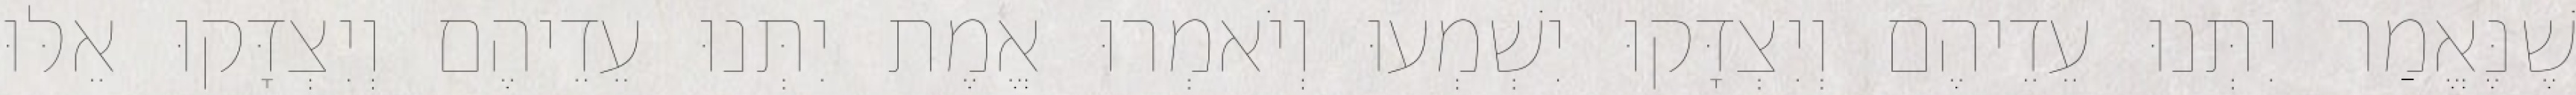
שֶׁנֶּאֱמַר יִתְּנוּ עֵדֵיהֶם וְיִצְדָּקוּ יִשְׁמְעוּ וְיֹאמְרוּ אֱמֶת יִתְּנוּ עֵדֵיהֶם וְיִצְדָּקוּ אֵלּוּ